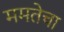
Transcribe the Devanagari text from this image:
ममतेचा